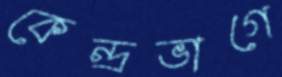
কেন্দ্রভাগে